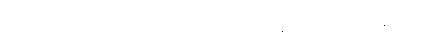
အဲဒီအစိမ်းရောင်တွေ ရှိတာက အဆိပ်တွေရှိနေတာကို ညွှန်ပြနေတာပါပဲ။